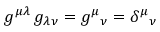
g ^ { \mu \lambda } \, g _ { \lambda \nu } = g ^ { \mu } { } _ { \nu } = \delta ^ { \mu } { } _ { \nu }